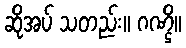
ဆိုအပ် သတည်း။ ဂဏ္ဌိ။